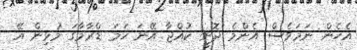
އެހެން ނަމަވެސް އެންމެ ދޮށީ ކުއްޖާ އޭނަ ހަމަ ޑްރާމާގަ މުޅިން އޭ